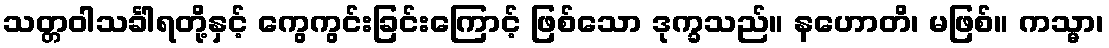
သတ္တဝါသင်္ခါရတို့နှင့် ကွေကွင်းခြင်းကြောင့် ဖြစ်သော ဒုက္ခသည်။ နဟောတိ၊ မဖြစ်။ ကသ္မာ၊